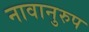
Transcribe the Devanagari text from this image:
नावानुरुप